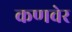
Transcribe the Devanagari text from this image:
कणवेर